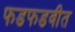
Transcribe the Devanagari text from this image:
फडफडवीत